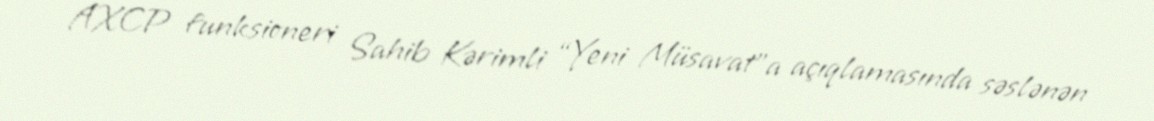
AXCP funksioneri Sahib Kərimli “Yeni Müsavat”a açıqlamasında səslənən